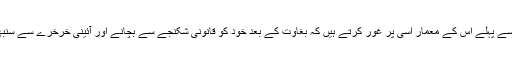
اول تو کسی بھی بغاوت سے پہلے اُس کے معمار اسی پر غور کرتے ہیں کہ بغاوت کے بعد خود کو قانونی شکنجے سے بچانے اور آئینی خرخرے سے سنبھالنے کا طریقہ کیا ہوگا؟